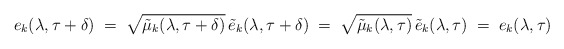
\begin{align*}e_k(\lambda, \tau + \delta) \; =\; \sqrt{ \tilde{\mu}_k(\lambda, \tau + \delta)}\, \tilde{e}_k(\lambda, \tau + \delta) \; =\; \sqrt{ \tilde{\mu}_k(\lambda, \tau)}\, \tilde{e}_k(\lambda, \tau) \; =\; e_k(\lambda, \tau)\end{align*}